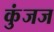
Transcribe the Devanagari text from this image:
कुंजज